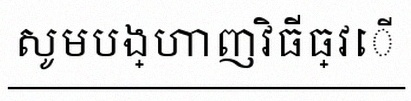
សូមបង្ហាញវិធីធ្វើ